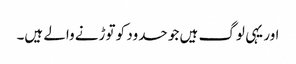
اور یہی لوگ ہیں جو حدود کو توڑنے والے ہیں۔